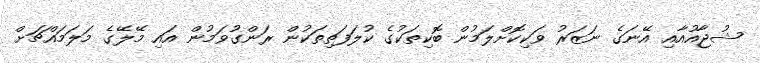
ޝުޖާއުއާއި އޭނަގެ ނަޒަރު ވަކިކޮށްލަމުން ބޮކިތަކުގެ ކުލަފަތިތަކުން ރަންގުވަމުން އައި މޭލޭގެ މަލަމައްޗަށް